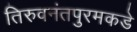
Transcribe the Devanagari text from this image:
तिरुवनंतपुरमकडे